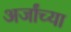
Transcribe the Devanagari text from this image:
अर्जांच्या